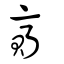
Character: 賫